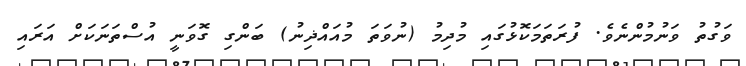
ވަގުތު ވަނުމުންނެވެ. ފުރަތަމަކޮޅުގައި މުދިމު (ނުވަތަ މުއައްޛިނު) ބަންގި ގޮވަނީ އުސްތަނަކަށް އަރައި